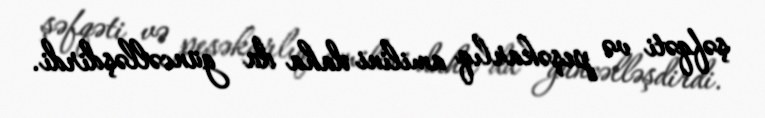
şəfqəti və peşəkarlıq amilini daha da güncəlləşdirdi.